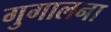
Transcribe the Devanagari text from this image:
गुगालना